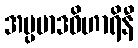
အပ္ပမာဒဝိဟာရိနီ